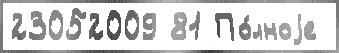
23052009 81 По́лноjе